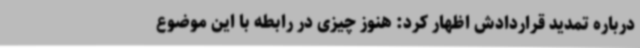
درباره تمدید قراردادش اظهار کرد: هنوز چیزی در رابطه با این موضوع